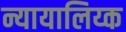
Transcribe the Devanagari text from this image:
न्यायालिय्क